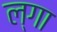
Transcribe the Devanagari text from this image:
ल्गा